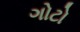
ગોટો